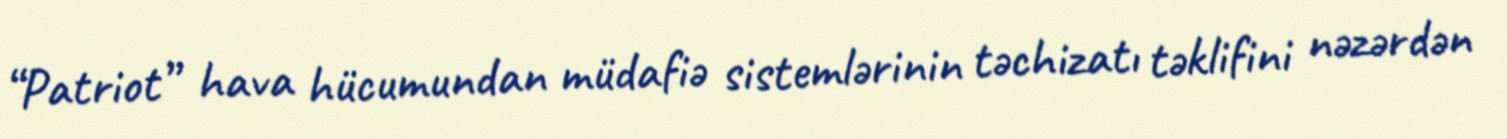
“Patriot” hava hücumundan müdafiə sistemlərinin təchizatı təklifini nəzərdən